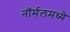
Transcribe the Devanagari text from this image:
नॉर्मलमध्ये